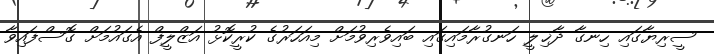
ސީރިޔާގައި ހިނގާ ދާޚިލީ ހަނގުރާމައިގައި ބައިވެރިވުމަށް މިއަހަރުގެ ކުރީކޮޅު އަޒްލީފް އެގައުމަށް ގޮސްފައިވާ